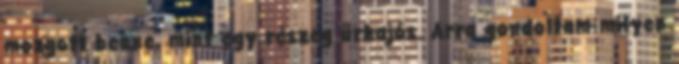
mozgott benne, mint egy részeg űrhajós. Arra gondoltam milyen